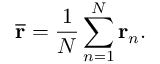
\overline { { \mathbf { r } } } = \frac { 1 } { N } \sum _ { n = 1 } ^ { N } \mathbf { r } _ { n } .